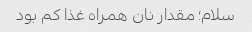
سلام؛ مقدار نان همراه غذا کم بود